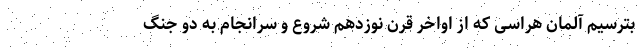
بترسیم آلمان هراسی که از اواخر قرن نوزدهم شروع و سرانجام به دو جنگ